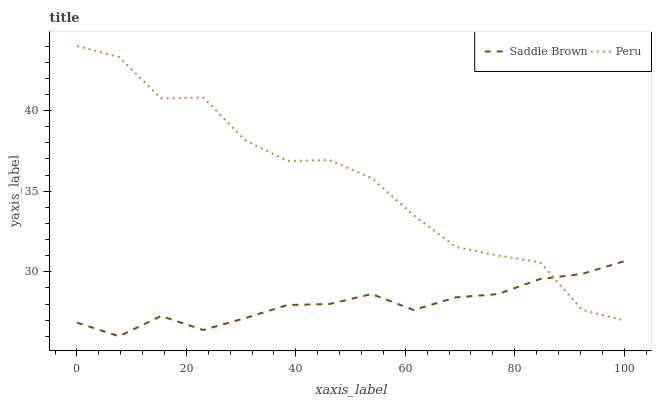
| xaxis_label | Saddle Brown | Peru |
 | --- | --- | --- |
 | 0 | 26.8 | 44 |
 | 7.69 | 26 | 43.3 |
 | 15.4 | 27.3 | 40.7 |
 | 23.1 | 26.4 | 40.8 |
 | 30.8 | 27.1 | 38.2 |
 | 38.5 | 27.9 | 36.9 |
 | 46.2 | 28 | 36.9 |
 | 53.8 | 28.6 | 35.8 |
 | 61.5 | 27.6 | 33.5 |
 | 69.2 | 28.4 | 31.5 |
 | 76.9 | 28.6 | 31 |
 | 84.6 | 29.5 | 30.6 |
 | 92.3 | 29.9 | 27.6 |
 | 100 | 30.7 | 27 |